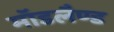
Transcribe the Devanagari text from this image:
मॉडलैण्ड